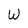
Character: W